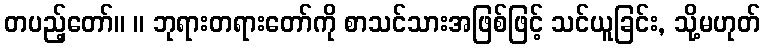
တပည့်တော်။ ။ ဘုရားတရားတော်ကို စာသင်သားအဖြစ်ဖြင့် သင်ယူခြင်း, သို့မဟုတ်